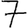
Digit: 7